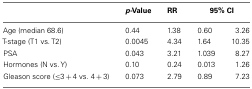
|  | p-Value | RR | <COLSPAN=2> 95% CI |
 | --- | --- | --- | --- | --- |
 | Age (median 68.6) | 0.44 | 1.38 | 0.60 | 3.26 |
 | T-stage (T1 vs. T2) | 0.0045 | 4.34 | 1.64 | 10.35 |
 | PSA | 0.043 | 3.21 | 1.039 | 8.27 |
 | Hormones (N vs. Y) | 0.10 | 0.24 | 0.013 | 1.26 |
 | Gleason score (≤3 + 4 vs. 4 + 3) | 0.073 | 2.79 | 0.89 | 7.23 |